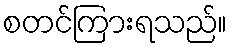
စတင်ကြားရသည်။